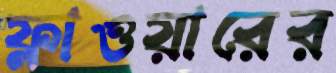
ফ্লাওয়ারের